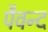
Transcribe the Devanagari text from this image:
पैवन्द